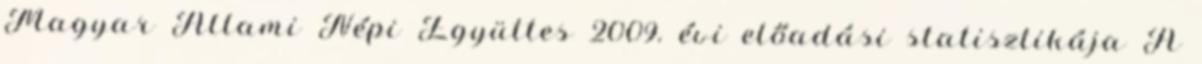
Magyar Állami Népi Együttes 2009. évi előadási statisztikája A